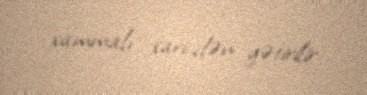
xammalı xaricdən gətirilir.